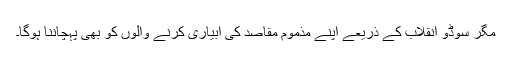
مگر سوڈو انقلاب کے ذریعے اپنے مذموم مقاصد کی آبیاری کرنے والوں کو بھی پہچاننا ہوگا۔